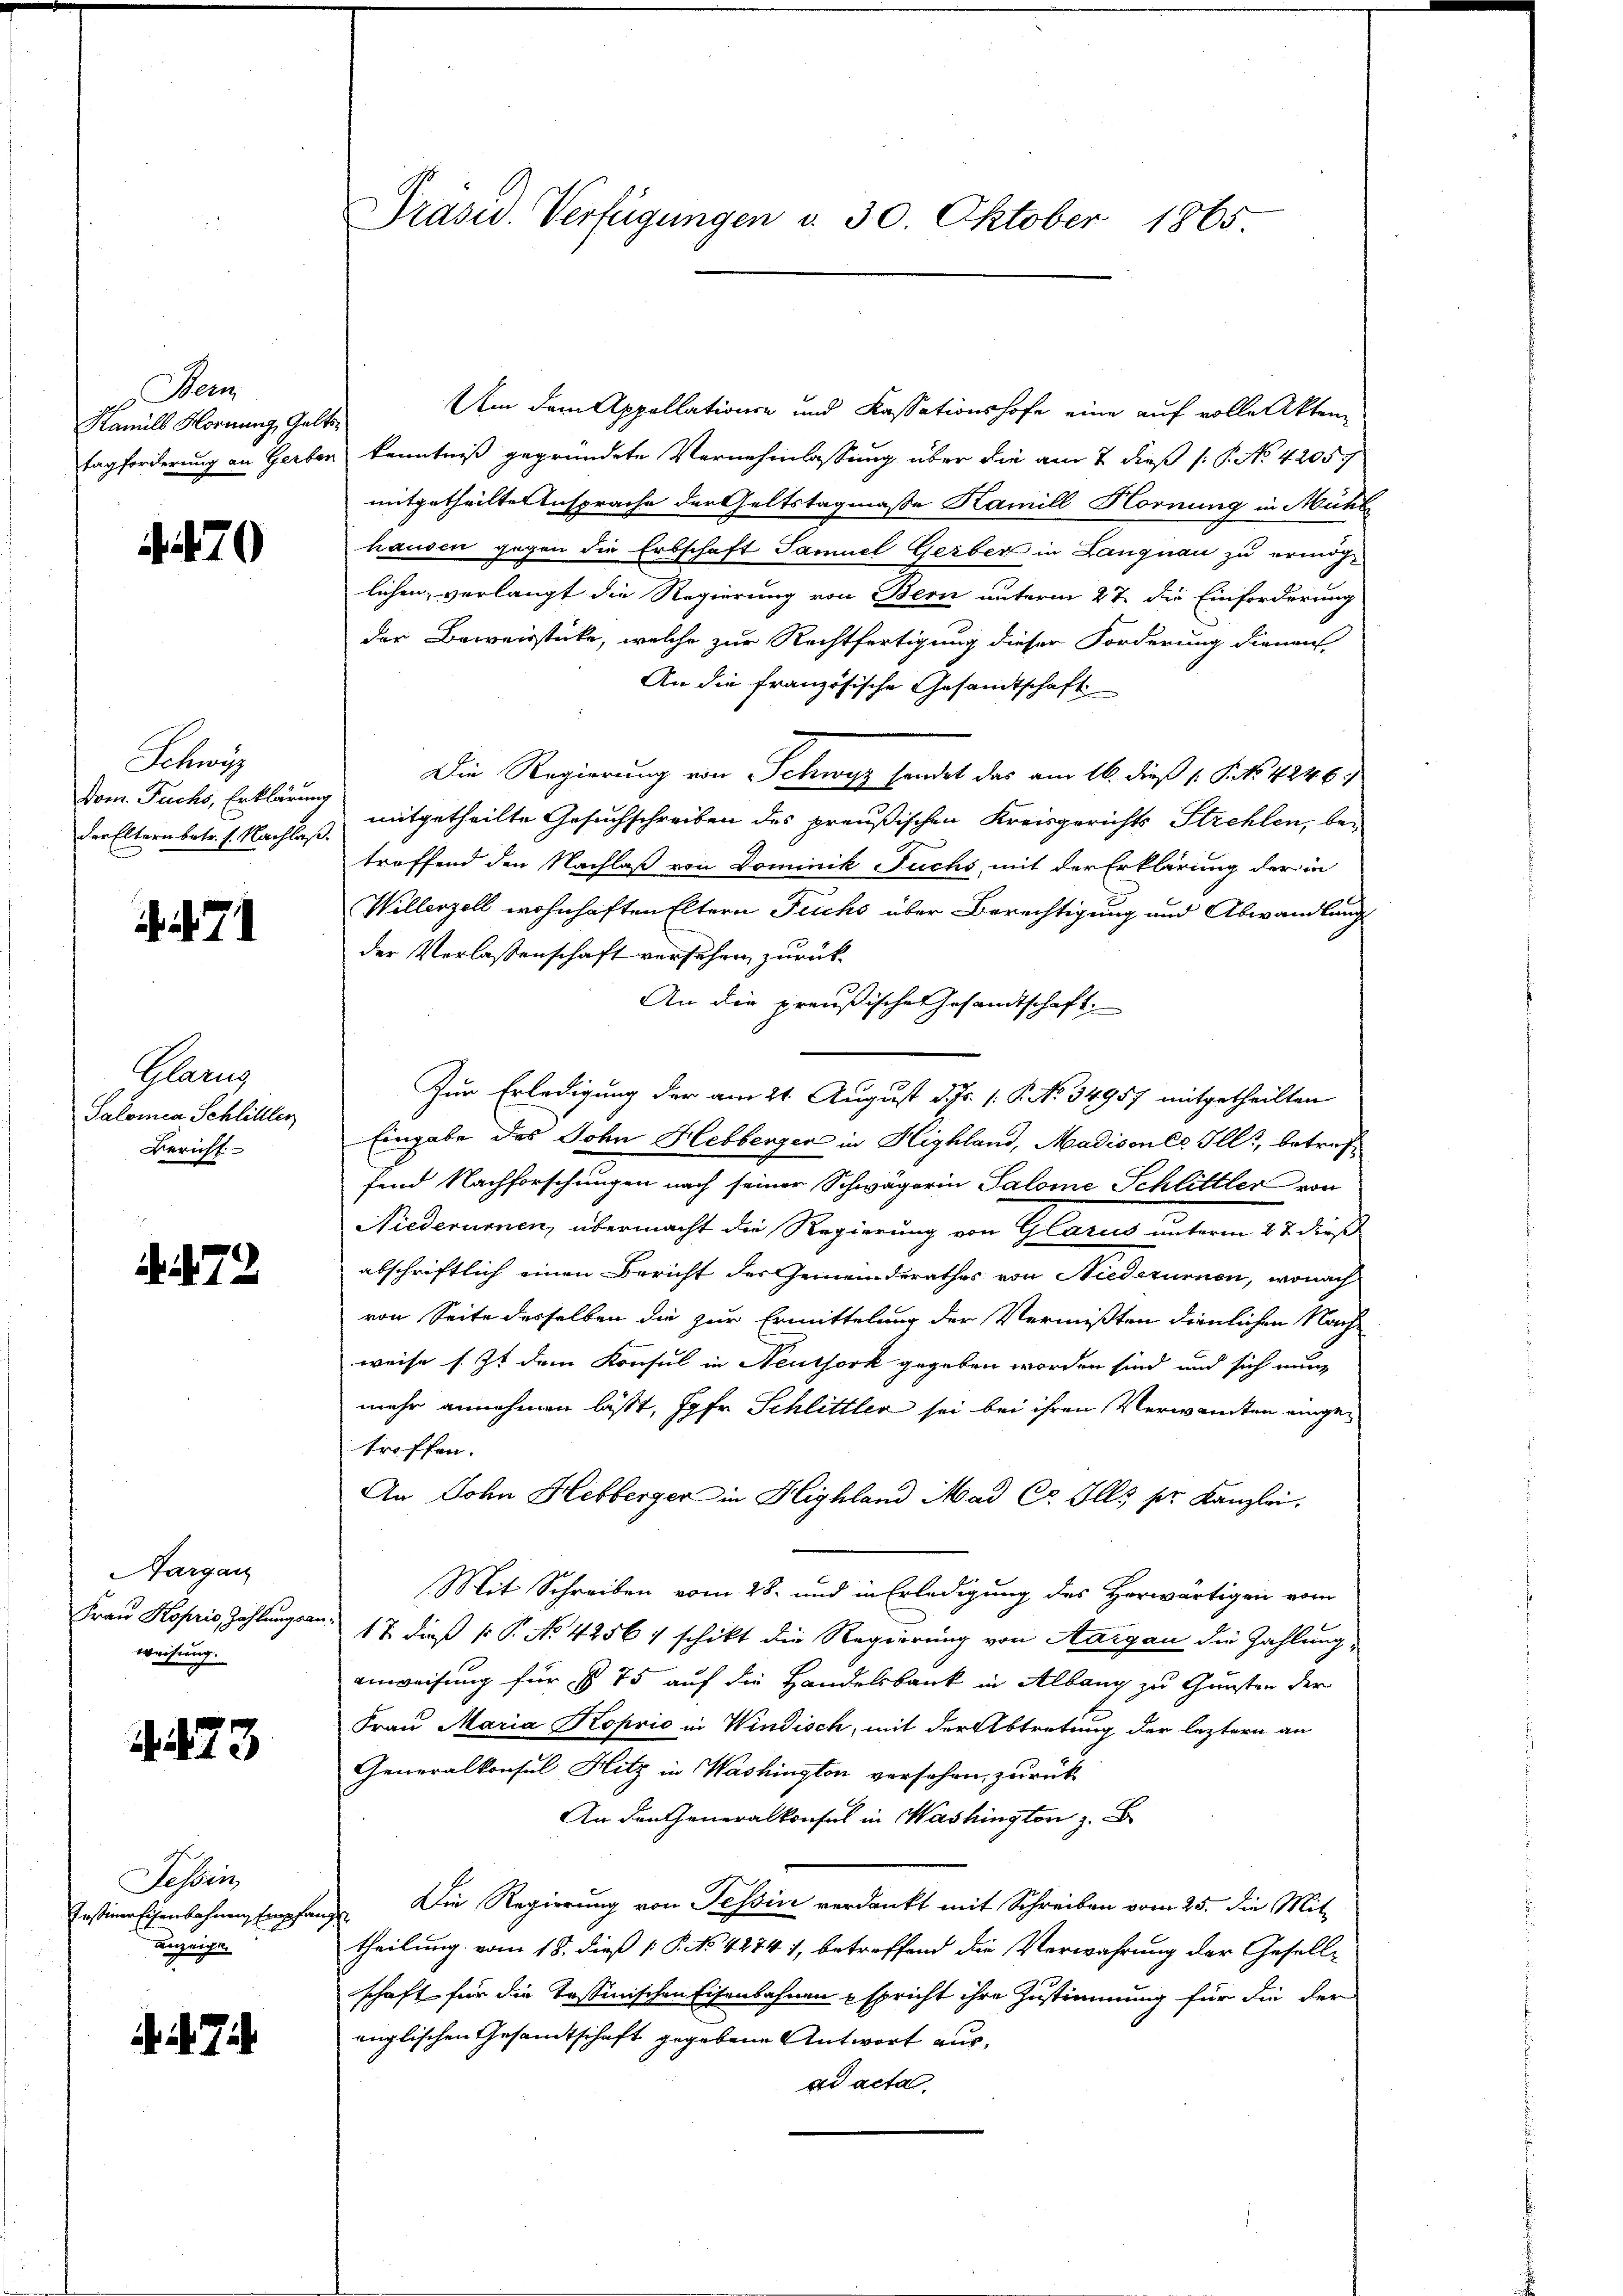
Berm
Kamils Hornung, Gelt
tagforderung an Gerben

70

Schwy
Dom. Fuchs, Erklärung
der Eltern betr. s. Nachlaß.

71

Glanz
Salomea Schlilller
Bericht

. . 72

Aargau
Frau Koprio, Zahlungsa
weisung.

A. 73

Tessin,
Irstiner Eisenbahnen Empfan
verzeigen

7

PPräsid. Verfügungen v. 30. Oktober 1865

Am dem Appellationen und Kassationshofe eine auf volle Akten
Kenntniß gegründete Vernehmlassung über die am 7. dieß (: P. No 42057
mitgetheilte Ansprache der Geltstagmaße Kamill Hornung in Mühl
hausen gegen die Erbschaft Samuel Gerber in Langnau zu ermöglichen, verlangt die Regierung von Bern unterm 27. die Einforderung
der Beweisstücke, welche zur Rechtfertigung dieser Forderung dienen
An die französische Gesandtschaft
Die Regierung von Schwyz sendet das am 16. dieß (: P. Nr. 1246
mitgetheilte Gesuchschreiben des preußischen Kreisgerichts Strehlen, betreffend den Nachlaß von Dominik Fuchs, mit der Erklärung der in
Willerzell wohnhaften Eltern Fuchs über Berechtigung und Abwandlung
der Verlassenschaft versehen zurück¬
An die preußische Gesandtschaft
Zur Erledigung der am 21. August d. Js. 1. P. No. 34957 mitgetheilten
Eingabe des John Hebberger in Highland, Madisence Ills, betreffend Nachforschungen nach seiner Schwägerin Salome Schlittler von
Niederumen, übermacht die Regierung von Glarus unterm 27. dieß
abschriftlich einen Bericht der Gemeinderathes von Niederumen, wonach
von Seite desselben die zur Ermittelung der Vermißten dienlichen Nach-
weise s. Zt dem Konsul in Neuthork gegeben worden sind und sich nun
mehr annehmen läßt, Jgfr. Schlittler sei bei ihren Verwandten eingetroffen.
An Lohn Hebberger in Highland Mad Co. Ils pr. Kanzlei.
Mit Schreiben vom 28. und in Erledigung des Herwärtigen vom
17. dieß k. P. No 4256 f schikt die Regierung von Aargau die Zahlung
anweisung für § 75 auf die Handelsbank in Albang zu Gunsten der
Frau Maria Koprio in Windisch, mit der Abtretung der leztern an
Generalkonsul Hitz in Washington versehen zurück
An den Generalkonsul in Washington z
Die Regierung von Tessin verdankt mit Schreiben vom 25. die Mit¬
.
theilung vom 18. dieß P. NNo. 4274), betreffend die Verwahrung der Gesellschaft für die Tassinischen Eisenbahnen spricht ihre Zustimmung für die der
englischen Gesamtschaft gegebene Antwort ausad acta